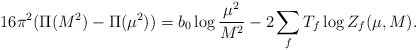
\begin{align*}16\pi^{2}(\Pi(M^{2}) - \Pi(\mu^{2})) = b_{0} \log \frac{\mu^{2}}{M^{2}} - 2 \sum_{f} T_{f} \log Z_{f}(\mu,M) .\end{align*}